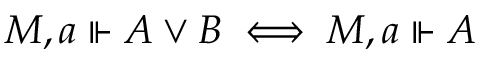
M , a \Vdash A \lor B \iff M , a \Vdash A